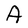
Character: A